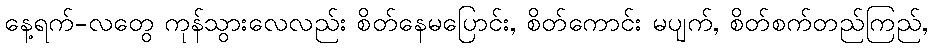
နေ့ရက်-လတွေ ကုန်သွားလေလည်း စိတ်နေမပြောင်း, စိတ်ကောင်း မပျက်, စိတ်စက်တည်ကြည်,